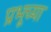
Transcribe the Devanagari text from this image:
प्रभूच्या